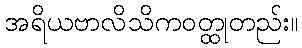
အရိယဗာလိသိကဝတ္ထုတည်း။